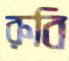
রুবি